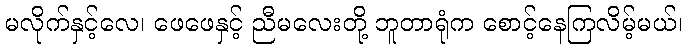
မလိုက်နှင့်လေ၊ ဖေဖေနှင့် ညီမလေးတို့ ဘူတာရုံက စောင့်နေကြလိမ့်မယ်၊